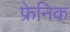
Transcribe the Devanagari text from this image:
फ्रेनिक